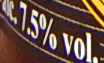
7.5%vol.